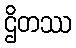
ဌိတဿ